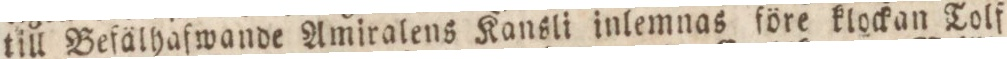
till Befälhaſwande Amiralens Kansli inlemnas före klockan Tolf